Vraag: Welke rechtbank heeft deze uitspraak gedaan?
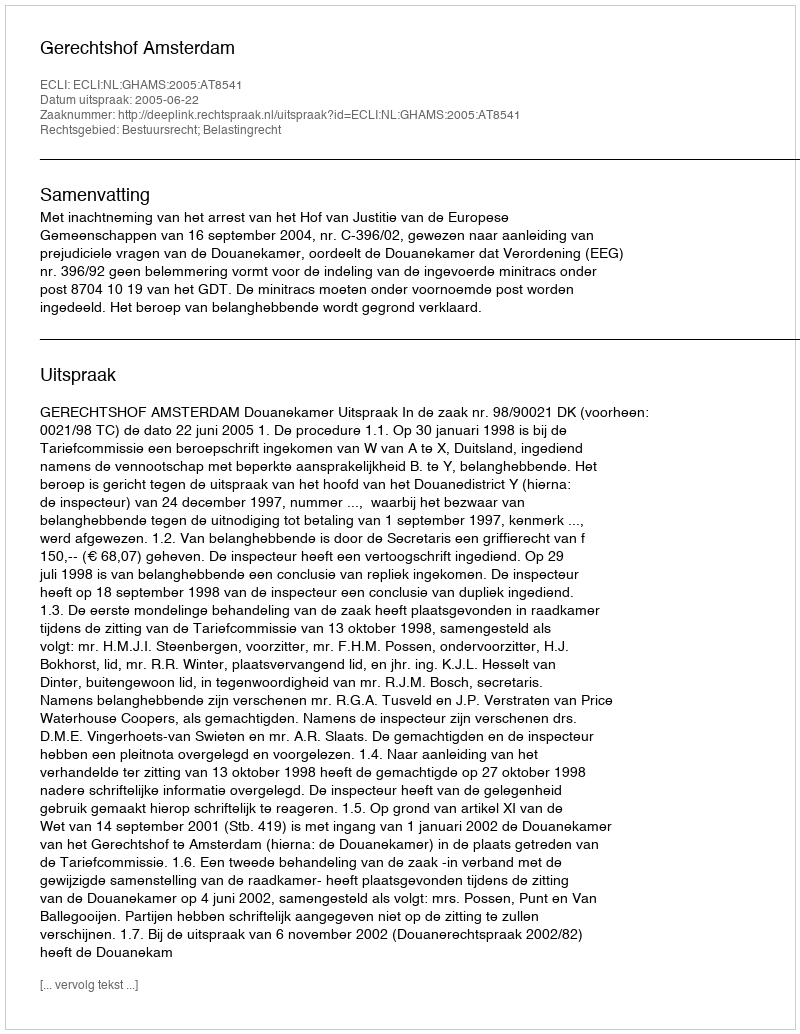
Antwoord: Gerechtshof Amsterdam